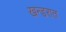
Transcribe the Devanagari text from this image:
खन्डरात